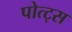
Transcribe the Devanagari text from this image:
पोत्ट्स